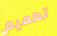
تعميم